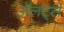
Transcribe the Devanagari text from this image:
अॅलर्ट्स